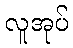
လူအုပ်